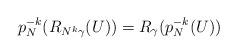
LaTeX: \begin{align*}p_N^{-k}(R_{N^k\gamma}(U))=R_\gamma(p_N^{-k}(U))\quad\end{align*}